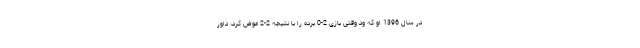
در سال 1396 او که ود وقتی بازی 2-0 برده را با نتیجه 2-2 عوض کرد، داور